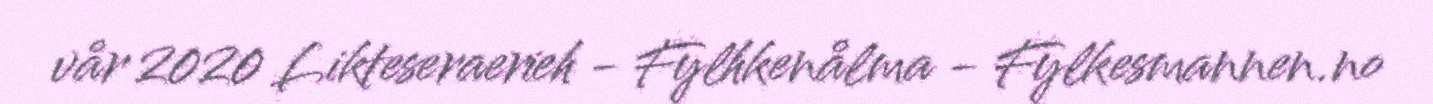
vår 2020 Likteseraerieh - Fylhkenålma - Fylkesmannen.no